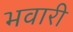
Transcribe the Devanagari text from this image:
भवारी